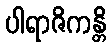
ပါရာဇိကန္တိ